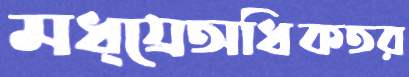
মধ্য্রেঅধিকতর